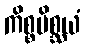
ကိစ္စမိစ္ဆယံ